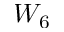
W _ { 6 }